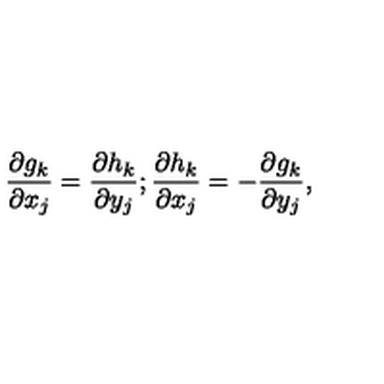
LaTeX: \frac { \partial g _ { k } } { \partial x _ { j } } = \frac { \partial h _ { k } } { \partial y _ { j } } ; \frac { \partial h _ { k } } { \partial x _ { j } } = - \frac { \partial g _ { k } } { \partial y _ { j } } ,